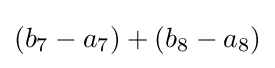
(b_{7}-a_{7})+(b_{8}-a_{8})